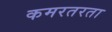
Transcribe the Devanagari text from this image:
कमरतरता